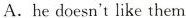
A.he doesn't like them